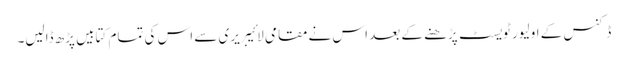
ڈکنس کے اولیور ٹویسٹ پڑھنے کے بعد اس نے مقامی لائیبریری سے اس کی تمام کتابیں پڑھ ڈالیں۔